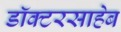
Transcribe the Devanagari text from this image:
डॉक्टरसाहेब